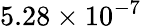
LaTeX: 5.28\times 10^{-7}